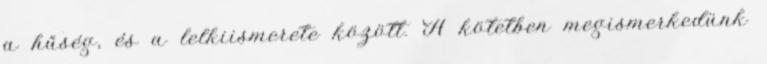
a hűség, és a lelkiismerete között. A kötetben megismerkedünk